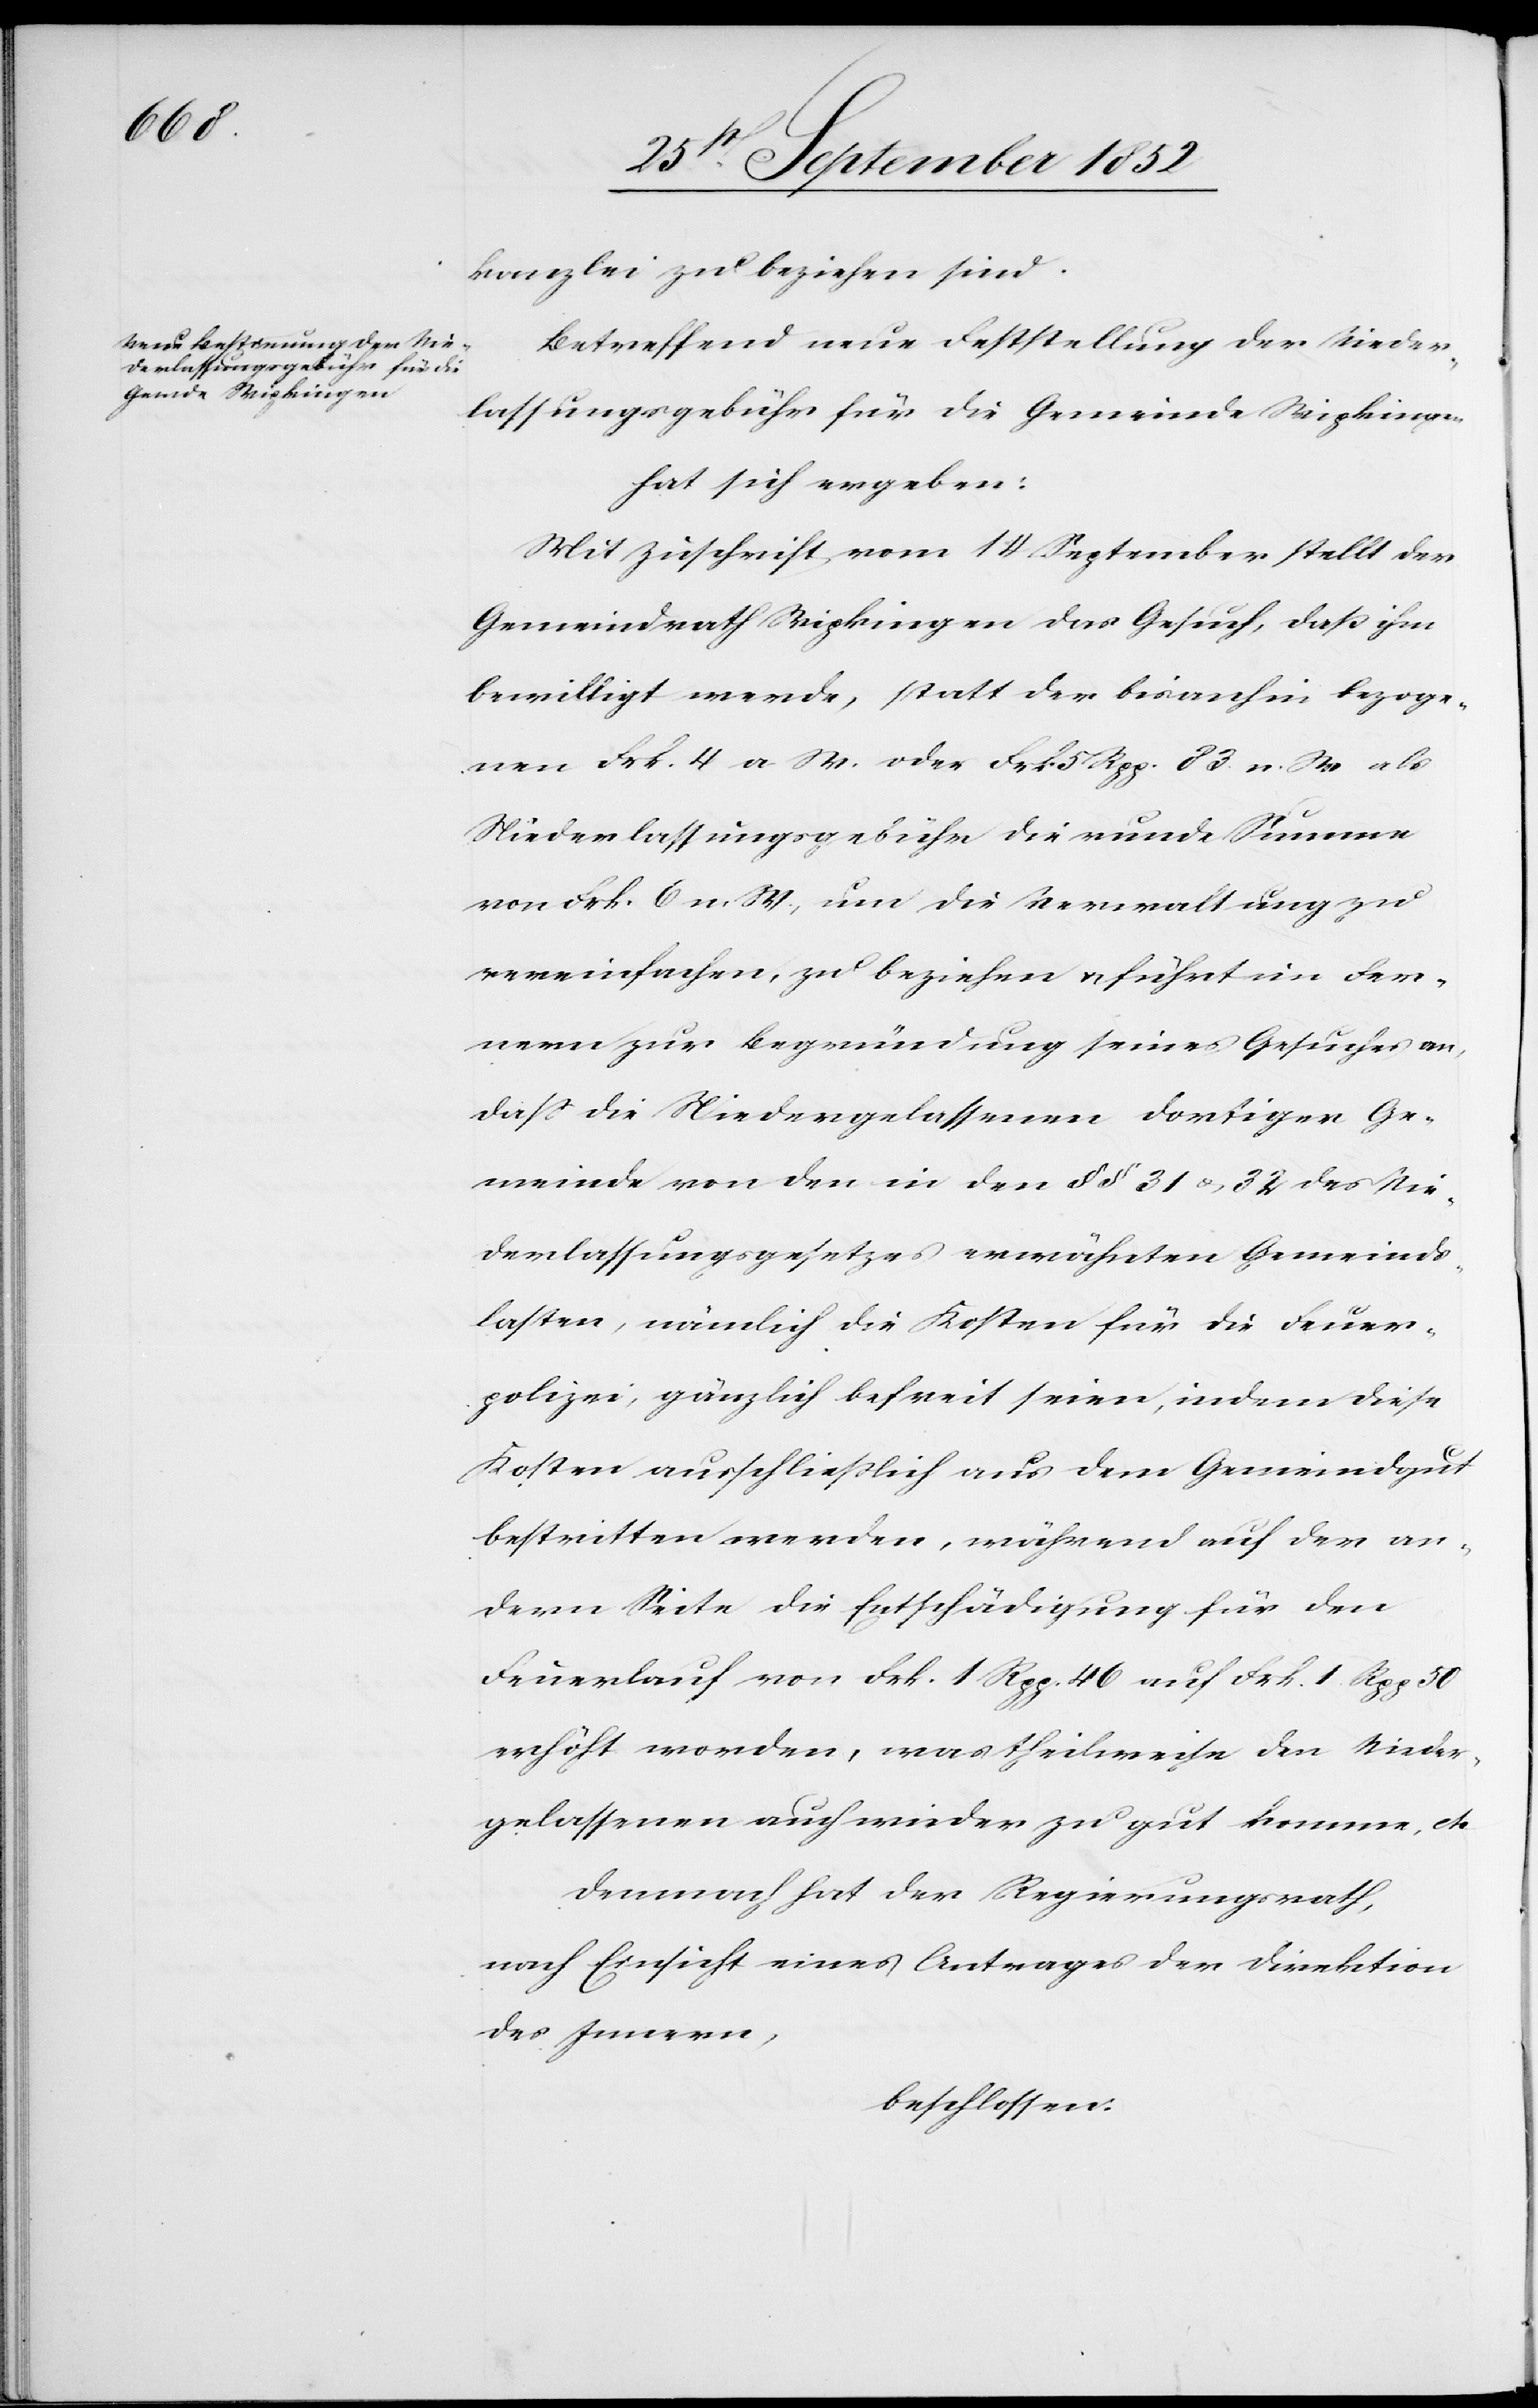
kanzlei zu beziehen sind.
Betreffend neue Feststellung der Nieder¬
lassungsgebühr für die Gemeinde Wipkingen
hat sich ergeben:
Mit Zuschrift vom 14 September stellt der
Gemeindrath Wipkingen das Gesuch, daß ihm
bewilligt werde, statt der bisanhin bezoge¬
nen Frk. 4 a W. oder Frk 5 Rpp. 83. n. W als
Niederlassungsgebühr die runde Summe
von Frk. 6 n. W., um die Verwaltung zu
vereinfachen, zu beziehen & führt im Fer¬
nern zur Begründung seines Gesuches an,
dass die Niedergelassenen dortiger Ge¬
meinde von den in den § § 31 & 32 des Nie¬
derlassungsgesetzes erwähnten Gemeinds¬
lasten, nämlich die Kosten für die Feuer¬
polizei, gänzlich befreit seien, indem diese
Kosten ausschließlich aus dem Gemeindgut
bestritten werden, während auf der an¬
dern Seite die Entschädigung für den
Feuerlauf von Frk. 1 Rpp. 46 auf Frk. 1. Rpp 50
erhöht worden, was theilweise den Nieder¬
gelassenen auch wieder zu gut komme, etc
Demnach hat der Regierungsrath,
nach Einsicht eines Antrages der Direktion
des Innern,
beschlossen: